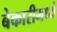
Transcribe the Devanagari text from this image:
बेकारीमध्ये